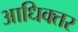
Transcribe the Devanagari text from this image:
आधिक्तर